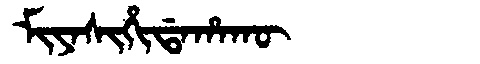
Manchu: ᠮᡳᠶᠠᠰᡳᡥᡳᡩᠠᡥᠠᡴᡡ
Romanization: MIYASIHIDAHAKŪ